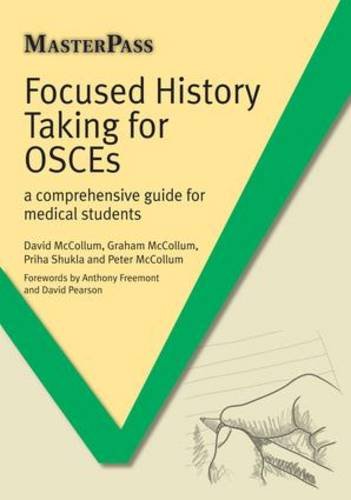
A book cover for Focused History Taking for OSCEs: A Comprehensive Guide for Medical Students (Masterpass); David McCollum; Medical Books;